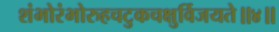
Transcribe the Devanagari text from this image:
शंभोरंभोरुहचटुकचक्षुर्विजयते॥४॥